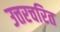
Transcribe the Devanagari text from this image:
उत्तरचरित